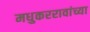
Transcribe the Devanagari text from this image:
मधुकररावांच्या